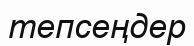
тепсеңдер